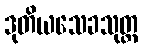
ဒုတိယသေခသုတ္တ